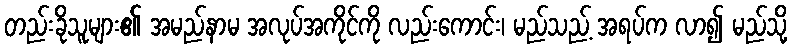
တည်းခိုသူများ၏ အမည်နာမ အလုပ်အကိုင်ကို လည်းကောင်း၊ မည်သည့် အရပ်က လာ၍ မည်သို့